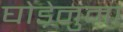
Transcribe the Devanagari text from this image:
घोड़ेनुमा